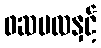
ဖဆပလနှင့်